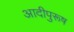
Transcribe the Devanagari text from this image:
आदीपुरूष